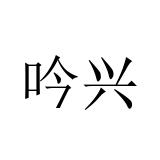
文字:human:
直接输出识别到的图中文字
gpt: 吟兴